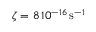
\zeta = 8 \, 1 0 ^ { - 1 6 } \, \mathrm { s } ^ { - 1 }